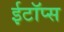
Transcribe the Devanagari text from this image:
ईटॉप्स